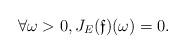
LaTeX: \begin{align*} \forall \omega>0, J_E(\mathfrak f)(\omega)=0.\end{align*}